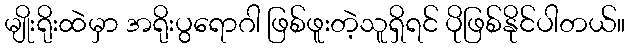
မျိုးရိုးထဲမှာ အရိုးပွရောဂါ ဖြစ်ဖူးတဲ့သူရှိရင် ပိုဖြစ်နိုင်ပါတယ်။